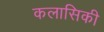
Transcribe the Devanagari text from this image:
कलासिकी